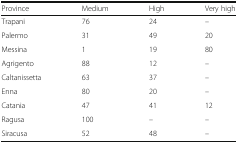
<table><thead><tr><td><b>Province</b></td><td><b>Medium</b></td><td><b>High</b></td><td><b>Very high</b></td></tr></thead><tbody><tr><td>Trapani</td><td>76</td><td>24</td><td>–</td></tr><tr><td>Palermo</td><td>31</td><td>49</td><td>20</td></tr><tr><td>Messina</td><td>1</td><td>19</td><td>80</td></tr><tr><td>Agrigento</td><td>88</td><td>12</td><td>–</td></tr><tr><td>Caltanissetta</td><td>63</td><td>37</td><td>–</td></tr><tr><td>Enna</td><td>80</td><td>20</td><td>–</td></tr><tr><td>Catania</td><td>47</td><td>41</td><td>12</td></tr><tr><td>Ragusa</td><td>100</td><td>–</td><td>–</td></tr><tr><td>Siracusa</td><td>52</td><td>48</td><td>–</td></tr></tbody></table>